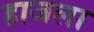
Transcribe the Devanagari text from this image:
हाजला